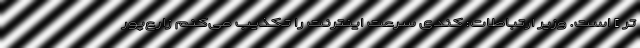
تر ] است. وزیر ارتباطات: کُندی سرعت اینترنت را تکذیب می‌کنم زارع‌پور